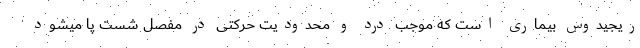
ریجیدوس بیماری است که موجب درد و محدودیت حرکتی در مفصل شست پا میشود